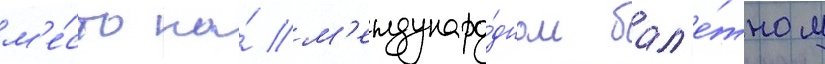
м'е́сто на́ м'еждунаро́дном бал'е́тном